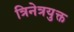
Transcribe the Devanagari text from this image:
त्रिनेत्रयुक्त